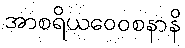
အာစရိယဝေဝစနာနိ